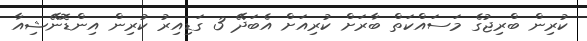
ކުރިން ބްރިޖުގެ މަސައްކަތް ބާރަށް ކުރިއަށް އެބަދޭ 3 ގަޑިއިރު ކުރިން އިންޑޮނޭޝިއާ